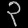
Digit: ၃